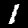
Digit: 1